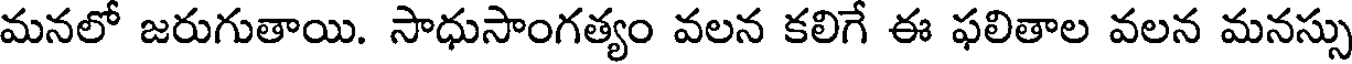
మనలో జరుగుతాయి. సాధుసాంగత్యం వలన కలిగే ఈ ఫలితాల వలన మనస్సు